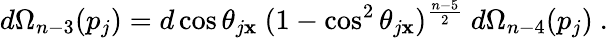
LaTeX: d\Omega_{n-3}(p_{j})=d\cos\theta_{j\mathbf{x}}\ (1-\cos^{2}\theta_{j\mathbf{x}})^{\frac{{n-5}}{{2}}}\ d\Omega_{n-4}(p_{j})\ .